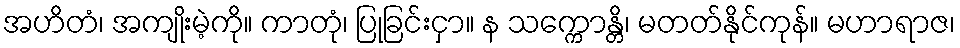
အဟိတံ၊ အကျိုးမဲ့ကို။ ကာတုံ၊ ပြုခြင်းငှာ။ န သက္ကောန္တိ၊ မတတ်နိုင်ကုန်။ မဟာရာဇ၊